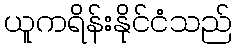
ယူကရိန်းနိုင်ငံသည်